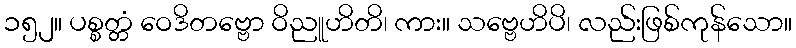
၁၅၂။ ပစ္စတ္တံ ဝေဒိတဗ္ဗော ဝိညူဟိတိ၊ ကား။ သဗ္ဗေဟိပိ၊ လည်းဖြစ်ကုန်သော။